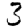
Digit: 3